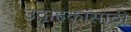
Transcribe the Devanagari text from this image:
उद्वाहकांसाठी